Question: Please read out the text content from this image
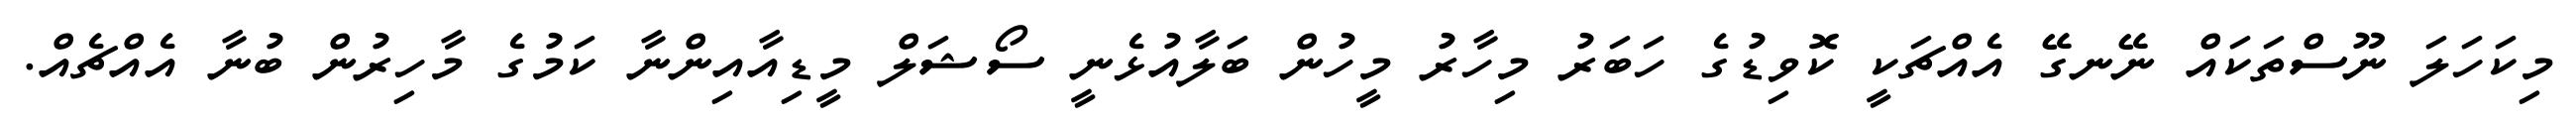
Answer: މިކަހަލަ ނޫސްތަކައް ނޭނގޭ އެއްޗަކީ ކޮވިޑުގެ ހަބަރު މިހާރު މީހުން ބަލާއުޅެނީ ސޯޝަލް މީޑިއާއިންނާ ކަމުގެ މާހިރުން ބުނާ އެއްޗެއް.